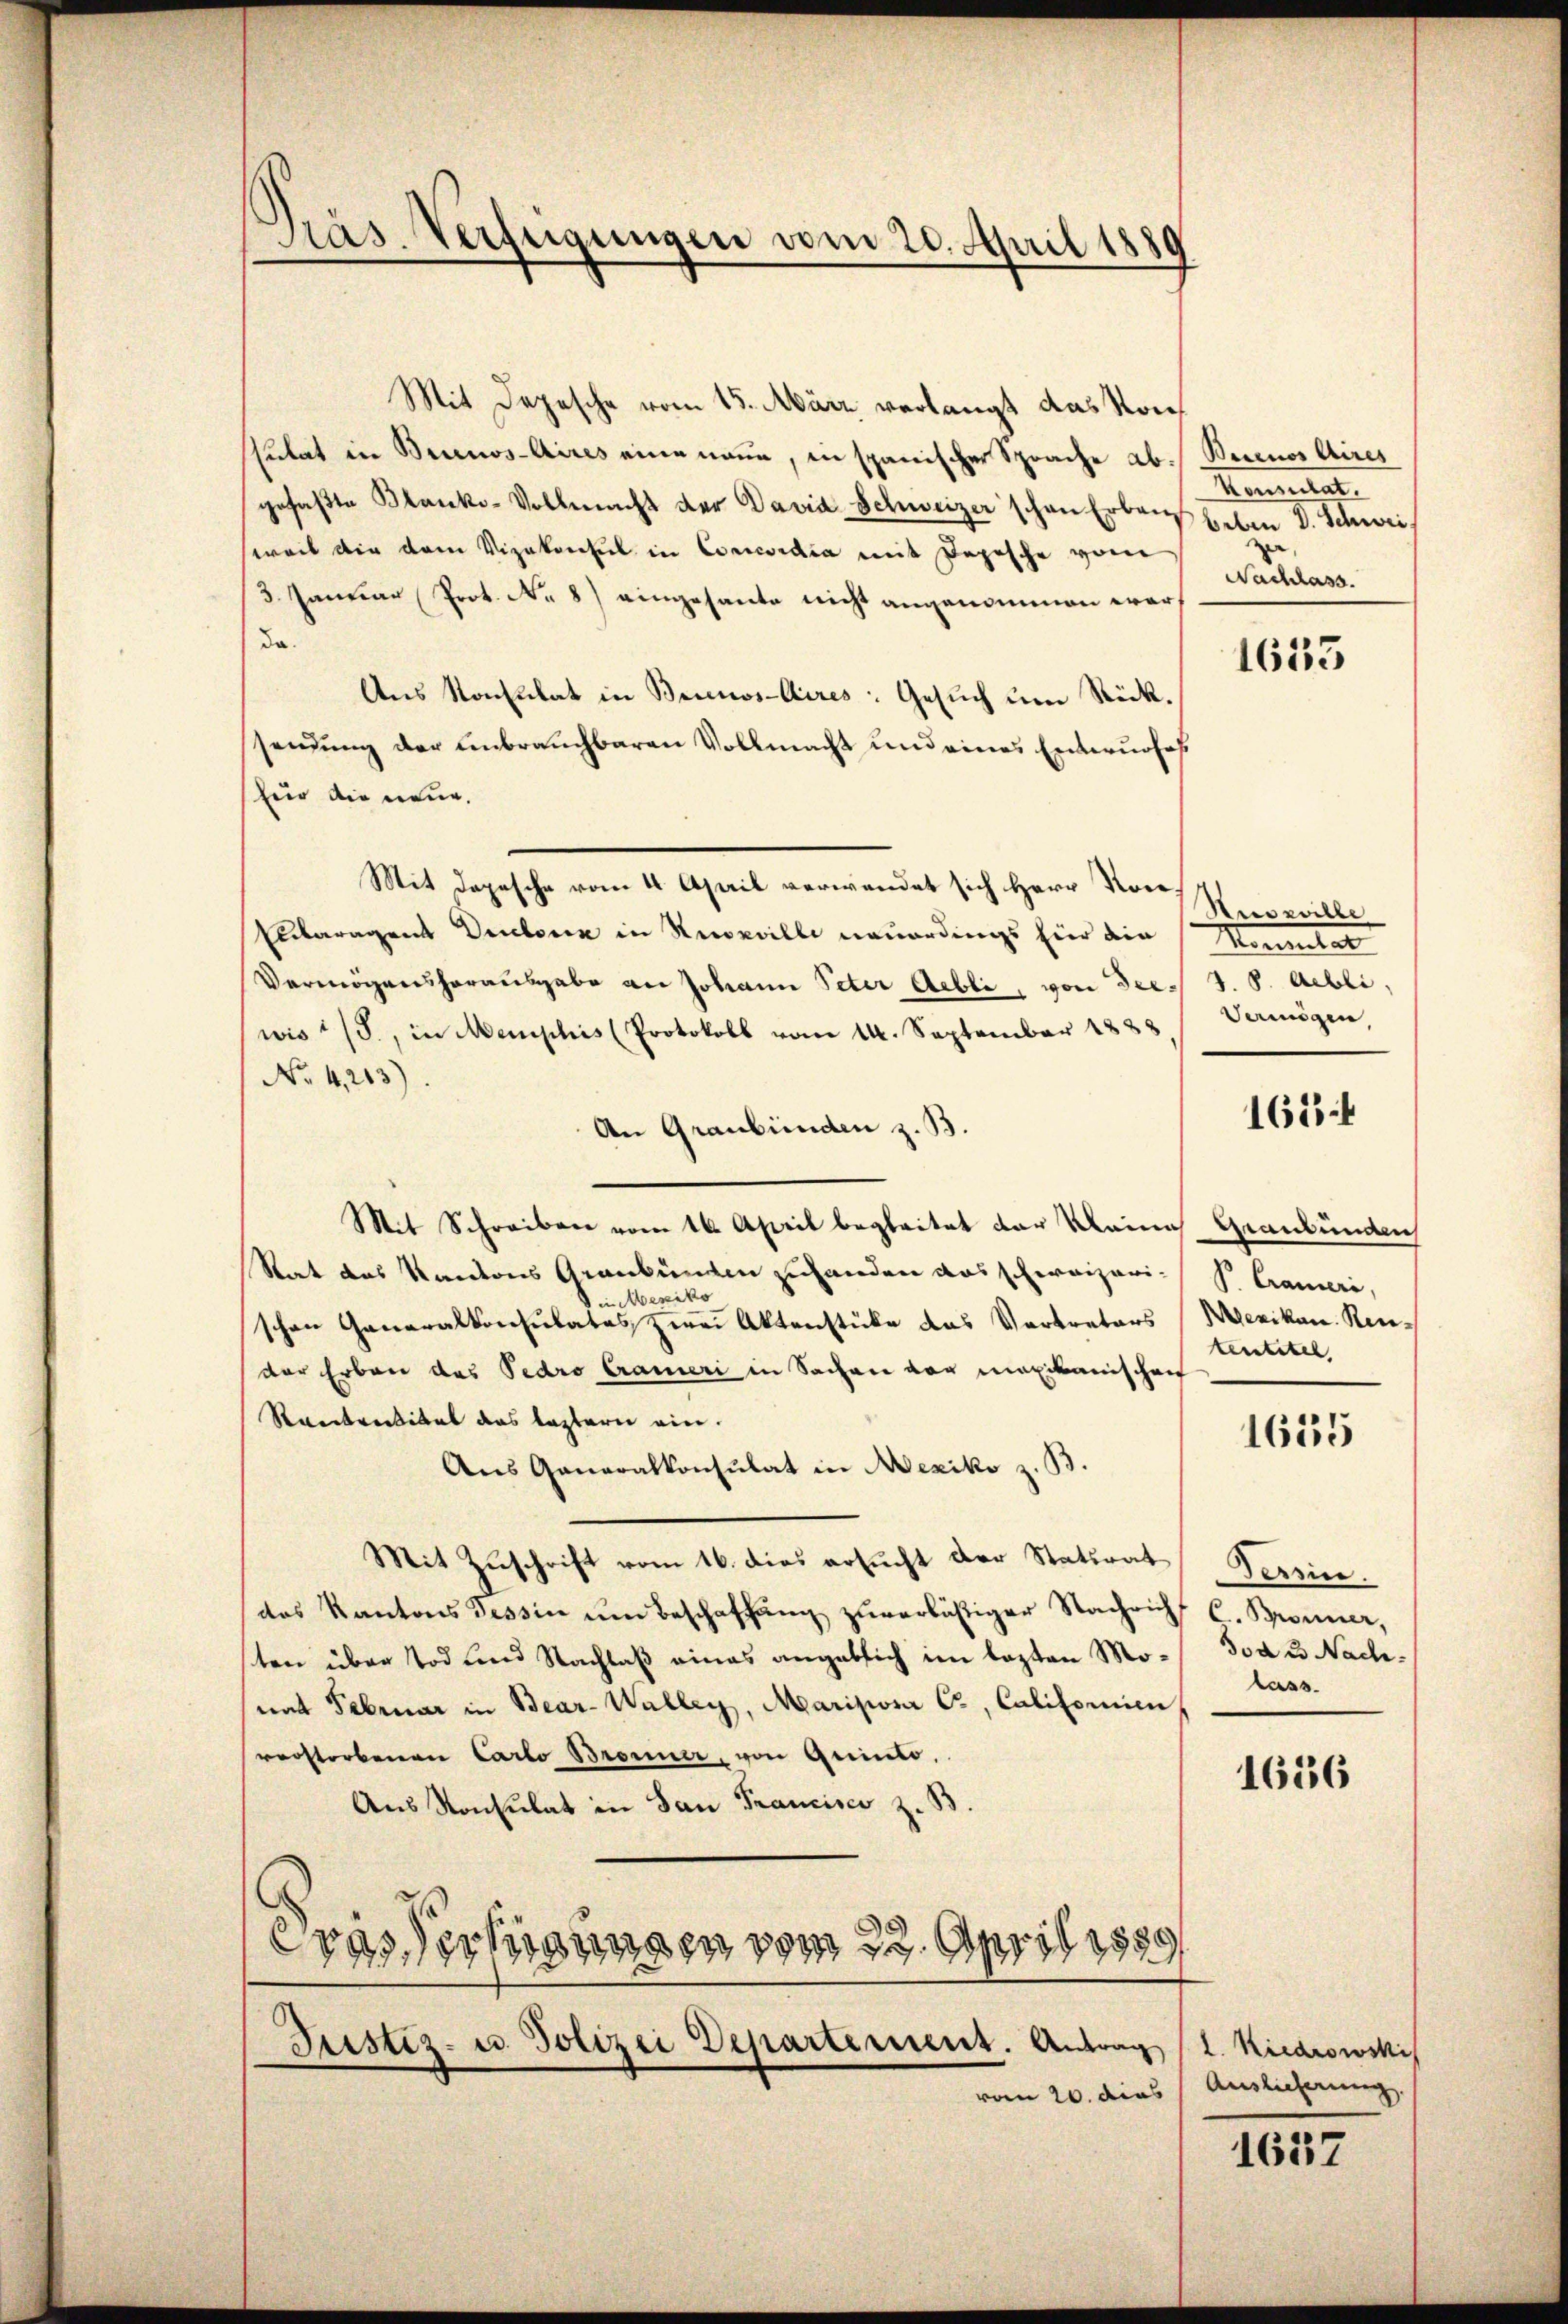
Präs. Verfügungen vom 20. April 1889

Mit Depesche vom 15. März verlangt das Konsulat in Brunos-Aires eine neue, in spanischer Sprache ab. Bernos Aires
gefaβte Blanko-Vollmacht der David-Schweizer schon Erbaus heben V. Schweiweil die dem Vizekonsul in Concordia mit Popische vom
3 Januar Prot. N. 8) eingesante nicht angenommen werda.
Aus Konsulat in Bernos-Aires: Gesuch um Stück.
sendung der unbrauchbaren Vollmacht und eines Entwurfes
für die neue.
Mit Depesche vom 4. April verwendet sich Herr Kon¬
Elteragent Dubona in Neuville neuerdings für die Montat
Vermögenshorausgabe an Johann Peter Aebli, von derwis 1/3., in Memphis (Protokoll vom 14. September 1888. Vermögen,
No 4,203).
An Graubünden z. B.
Mit Schreiben vom 16. April begleitet der Meine
Rat des Kantons Graubünden zuhanden das schweizeri- P. Crameri,
in Mexiko
schen Generalkonsulates zwei Aktenstücke das Vertreters (Wezikon. Reider Erben das Pedro Crameri in Sachen vor maxikanischen
Rankretikel das leztern ein.
Aus Generalkonsulat in Mexiko z. B.
Mit Zuschrift vom 16. dies ersucht der Statirat Persic
das Kantons Tessin ŭm Beschaffŭng zŭverläßiger Nachricht C. Bronner,
ten über Tod und Nachlaß eines angeblich im lezten Mo- Tod 3. Nachnat Februar in Bear-Walley, Mariziosi C., Calitorien
verstorbenen Carto Bronner, von Quinto,
Aus Konsulat in San Francisci z. B.
Prassertigungen vom 22. April 1859
Justiz- u. Polizei Departement. Antrag
vom 20. dies Auslieferung

Konsulat.
.
Nachlass.

1633

Hesselbe
1. 8. Abli,

165 f

Graubünden
tentitel

1655

lass

1636

2. Riedrowski

1637